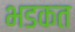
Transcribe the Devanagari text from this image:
भडकत